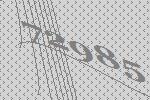
72985